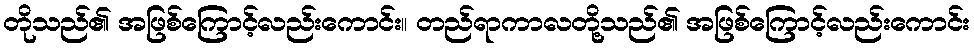
တိုသည်၏ အဖြစ်ကြောင့်လည်းကောင်း။ တည်ရာကာလတို့သည်၏ အဖြစ်ကြောင့်လည်းကောင်း